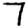
Digit: 7